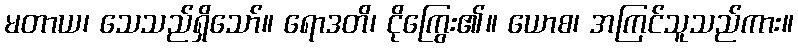
မတာယ၊ သေသည်ရှိသော်။ ရောဒတိ၊ ငိုကြွေး၏။ ယောစ၊ အကြင်သူသည်ကား။